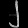
Digit: ၂